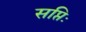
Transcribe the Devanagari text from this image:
सप्तिः